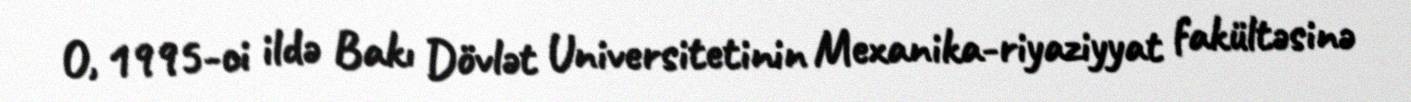
O, 1995-ci ildə Bakı Dövlət Universitetinin Mexanika-riyaziyyat fakültəsinə